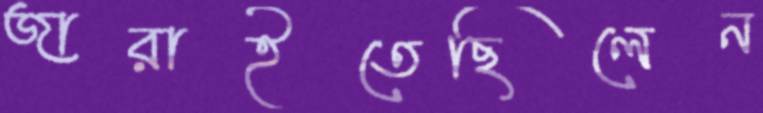
জারাইতেছিলেন